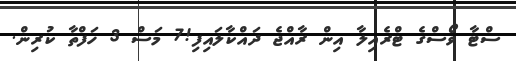
ސްޓާ ވޯސްގެ ޓްރެއިލާ އިން ރާއްޖެ ދައްކާލައިފި!7 މަސް 3 ހަފްތާ ކުރިން.